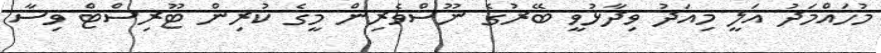
މުހައްމަދު އަލީ މިއަދު ވިދާޅުވީ ބޭރުގެ ނޫސްވެރިން މީގެ ކުރިން ޓޫރިސްޓް ވިސާ